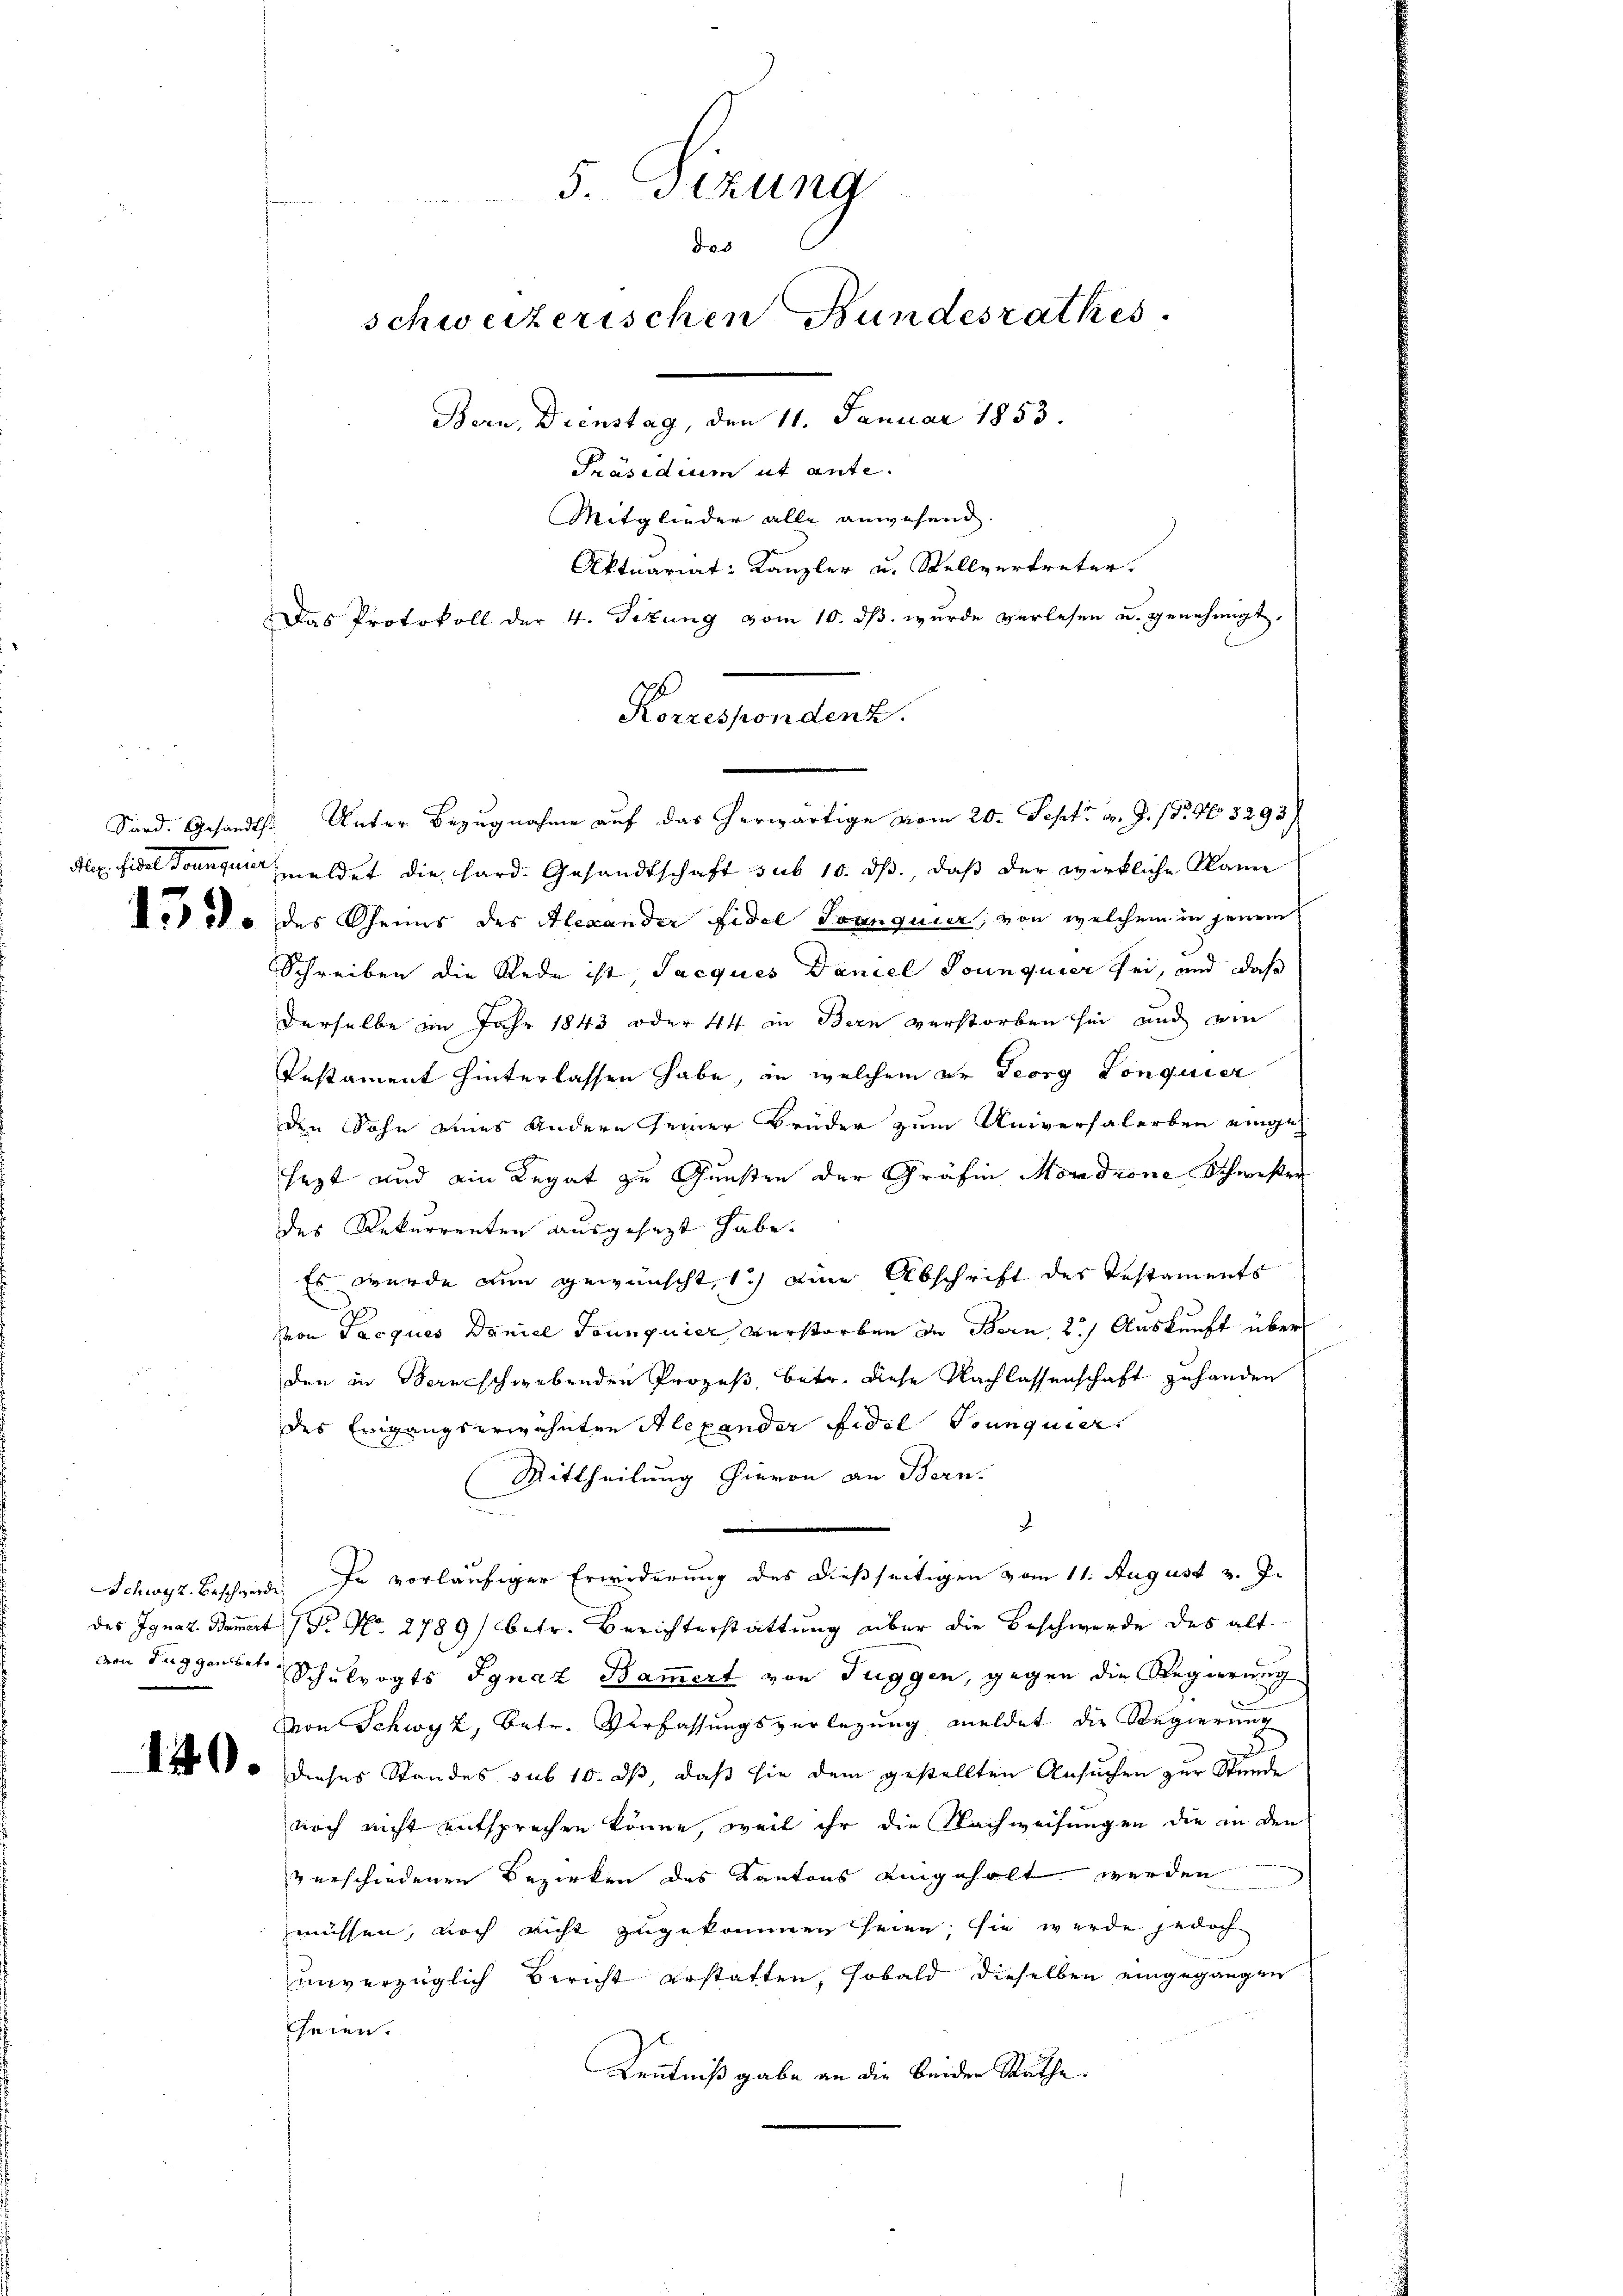
5. Sizung
de
schweizerischen Bundesrathes.
Bern, Dienstag, den 11. Januar 1853.
Präsidium ut ante.
Mitglieder alle anwesend.
Aktuariat Kanzler u. Stellvertreter.
Das Protokoll der 4. Sitŭng vom 10. dβ. wurde verlesen u. genehmigt.

Sord. Gesandt. Unter Bezugnahme auf das herwärtige vom 20. Sept. v. J. (T. 405293)
Alex. Fidel Tounque meldet die hard. Gesandtschaft sub 10. ds., daß der wirkliche kann
Nodo des Rheins des Alexander Fidel Tonnquier, von welchem in jenem
Schreiben die Rede ist Jacques Daniel Sounquier sei, und daß
derselbe im Jahr 1843 oder 44 in Bern verstorben sie und ein
Pestament hinterlassen habe, in welchem er Georg Lonquier
den Sohn eines andern seiner Brüder zum Universalerben eingesezt und ain Regat zu Gunsten der Gräfin Mordrone Schwester
des Rekurrenten ausgesezt habe.
Es wurde nun gewünscht, 1.) eine Abschrift des Testaments
von Parques Daniel Tonnquier verstorben de Bern, 2.) Auskunft über
den in Bern schwebenden Prozeß, betr. diese Nachlassenschaft zuhanden
des Eingangserwähnten Alexander Fidel Trunquier
Mittheilung hievon an Bern.
n
J.
Schwyz Beschwerde. In vorläufiger Erwiderung des dießseitigen vom 11. August v. J.
des Ignaz Bemert Fr. No. 2789) betr. Berichterstattung über die Beschwerde des alt
von Tuggenber Schulvogts Ignaz Bammert von Tuggen, gegen die Regierung
von Schwyz, betr. Verfassungsverlegung meldet die Regierung
x
 Wo dieses Standes sub 10. ds, daß sie dem gestellten Ansuchen zur Stunde
noch nicht entsprechen könne, weil ihr die Nachweisungen die in den
verschiedenen Bezirken des Kantons eingeholt werden
müssen, noch nicht zugekommen seien, sie werde jedoch
unverzüglich Bericht erstatten, sobald dieselben eingegangen
heien.
Kenntniß gabe an die beiden Räthe.

Korrespondenz.